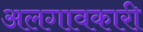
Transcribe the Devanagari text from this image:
अलगावकारी